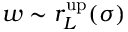
w \sim r _ { L } ^ { \mathrm { u p } } ( \sigma )